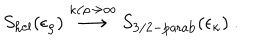
S _ { \mathrm { h e l } } ( \epsilon _ { \rho } ) \stackrel { \kappa / \rho \rightarrow \infty } { \longrightarrow } S _ { \mathrm { 3 / 2 - p a r a b } } ( \epsilon _ { \kappa } ) ~ .